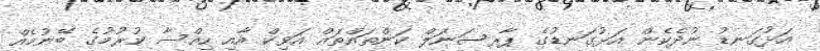
އަޅުގަނޑު ނުދެކެން އަޅުގަނޑުގެ ޕާރސަނަލް ކަންތައްތައް އަވިކް އާއި ހިއްސާ ކުރުމުގެ ބޭނުމެއް